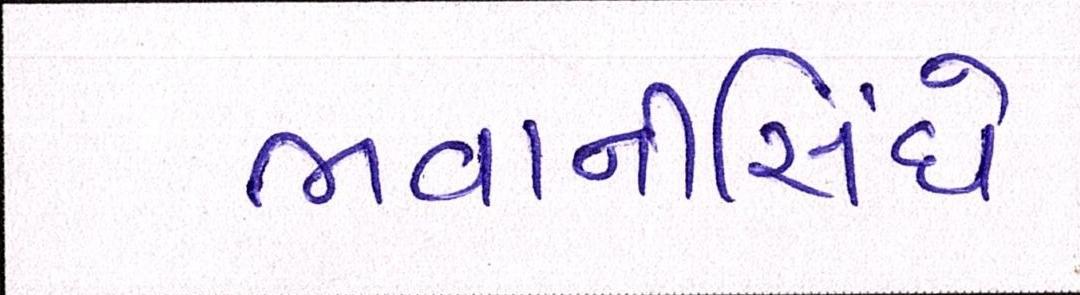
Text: ભવાનીસિંઘે